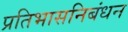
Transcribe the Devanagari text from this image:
प्रतिभासनिबंधन